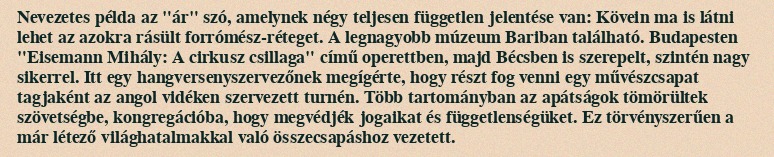
Nevezetes példa az "ár" szó, amelynek négy teljesen független jelentése van: Kövein ma is látni lehet az azokra rásült forrómész-réteget. A legnagyobb múzeum Bariban található. Budapesten "Eisemann Mihály: A cirkusz csillaga" című operettben, majd Bécsben is szerepelt, szintén nagy sikerrel. Itt egy hangversenyszervezőnek megígérte, hogy részt fog venni egy művészcsapat tagjaként az angol vidéken szervezett turnén. Több tartományban az apátságok tömörültek szövetségbe, kongregációba, hogy megvédjék jogaikat és függetlenségüket. Ez törvényszerűen a már létező világhatalmakkal való összecsapáshoz vezetett.